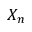
X _ { n }